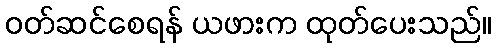
ဝတ်ဆင်စေရန် ယဖားက ထုတ်ပေးသည်။